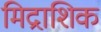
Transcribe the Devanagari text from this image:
मिद्राशिक